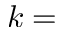
k =